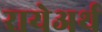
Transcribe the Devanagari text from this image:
रायेअर्थ